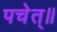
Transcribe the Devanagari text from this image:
पचेत्॥